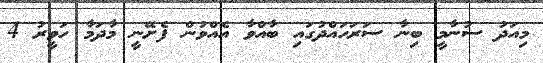
މިއަދު ސުނާމީ ބިނާ ސަރަހައްދުގައި ބާއްވާ އެއްވުން ފެށޭނީ މާދަމާ ހަވީރު 4